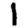
Digit: 1